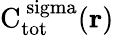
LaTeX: \mathrm{{C}_{\mathrm{{tot}}}^{\ sigma}({\mathbf r})}